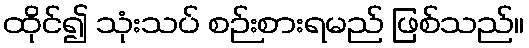
ထိုင်၍ သုံးသပ် စဉ်းစားရမည် ဖြစ်သည်။